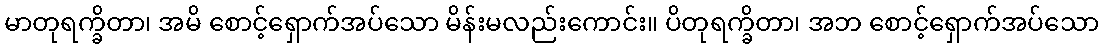
မာတုရက္ခိတာ၊ အမိ စောင့်ရှောက်အပ်သော မိန်းမလည်းကောင်း။ ပိတုရက္ခိတာ၊ အဘ စောင့်ရှောက်အပ်သော